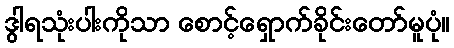
ဒွါရသုံးပါးကိုသာ စောင့်ရှောက်ခိုင်းတော်မူပုံ။